Lunatic asylums Central Provinces reports 1895-1909 - 1895-1909
Year: 1895
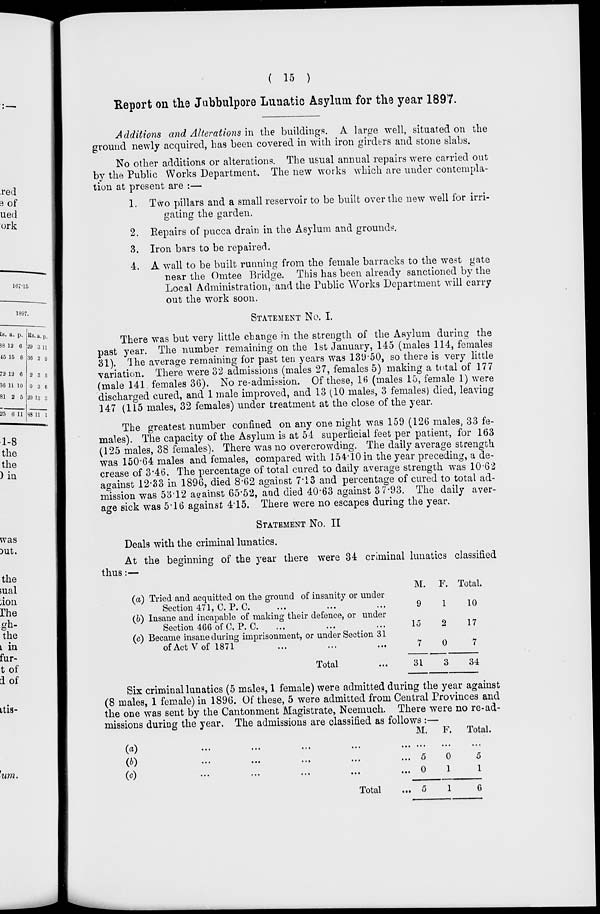
( 15 )
Report on the Jubbulpore Lunatic Asylum for the year 1897.
Additions and Alterations in the buildings. A large well, situated on the
ground newly acquired, has been covered in with iron girders and stone slabs.
No other additions or alterations. The usual annual repairs were carried out
by the Public Works Department. The new works which are under contempla-
tion at present are :—
1. Two pillars and a small reservoir to be built over the new well for irri-
gating the garden.
2. Repairs of pucca drain in the Asylum and grounds.
3. Iron bars to be repaired.
4. A wall to be built running from the female barracks to the west gate
near the Omtee Bridge. This has been already sanctioned by the
Local Administration, and the Public Works Department will carry
out the work soon.
STATEMENT No. I.
There was but very little change in the strength of the Asylum during the
past year. The number remaining on the 1st January, 145 (males 114, females
31). The average remaining for past ten years was 139.50, so there is very little
variation. There were 32 admissions (males 27, females 5) making a total of 177
(male 141. females 36). No re-admission. Of these, 16 (males 15, female 1) were
discharged cured, and 1 male improved, and 13 (10 males, 3 females) died, leaving
147 (115 males, 32 females) under treatment at the close of the year.
The greatest number confined on any one night was 159 (126 males, 33 fe-
males). The capacity of the Asylum is at 54 superficial feet per patient, for 163
(125 males, 38 females). There was no overcrowding. The daily average strength
was 150.64 males and females, compared with 154.10 in the year preceding, a de-
crease of 3.46. The percentage of total cured to daily average strength was 10.62
against 12.33 in 1896, died 8.62 against 7.13 and percentage of cured to total ad-
mission was 53.12 against 65.52, and died 40.63 against 37.93. The daily aver-
age sick was 5.16 against 4.15. There were no escapes during the year.
STATEMENT No. II
Deals with the criminal lunatics.
At the beginning of the year there were 34 criminal lunatics classified
thus:—
(a) Tried and acquitted on the ground of insanity or under
Section 471, C. P. C. ... ... ...
(b) Insane and incapable of making their defence, or under
Section 466 of C. P. C. ... ... ...
(c) Became insane during imprisonment, or under Section 31
of Act V of 1871
Total ...
M.
9
15
7
31
F.
1
2
0
3
Total.
10
17
7
34
Six criminal lunatics (5 males, 1 female) were admitted during the year against
(8 males, 1 female) in 1896. Of these, 5 were admitted from Central Provinces and
the one was sent by the Cantonment Magistrate, Neemuch. There were no re-ad-
missions during the year. The admissions are classified as follows :—
(a)
...
...
...
...
(b)
...
...
...
...
(c) ... ... ... ...
Total ...
M.
...
5
0
5
F.
...
0
1
1
Total.
...
5
1
6